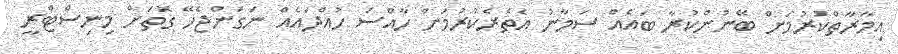
އިމާރާތްކުރުމަށް ބޭނުންކުރާ ބައެއް ސަމާނު އެތެރެކުރުމަށް ހާއްސަ ހުއްދައެއް ނަގަންޖެހޭ ގޮތަށް މިނިސްޓްރީ